65_HS1-834228961_62-HQ-83894_Section_10
Agency: FBI
Page 86
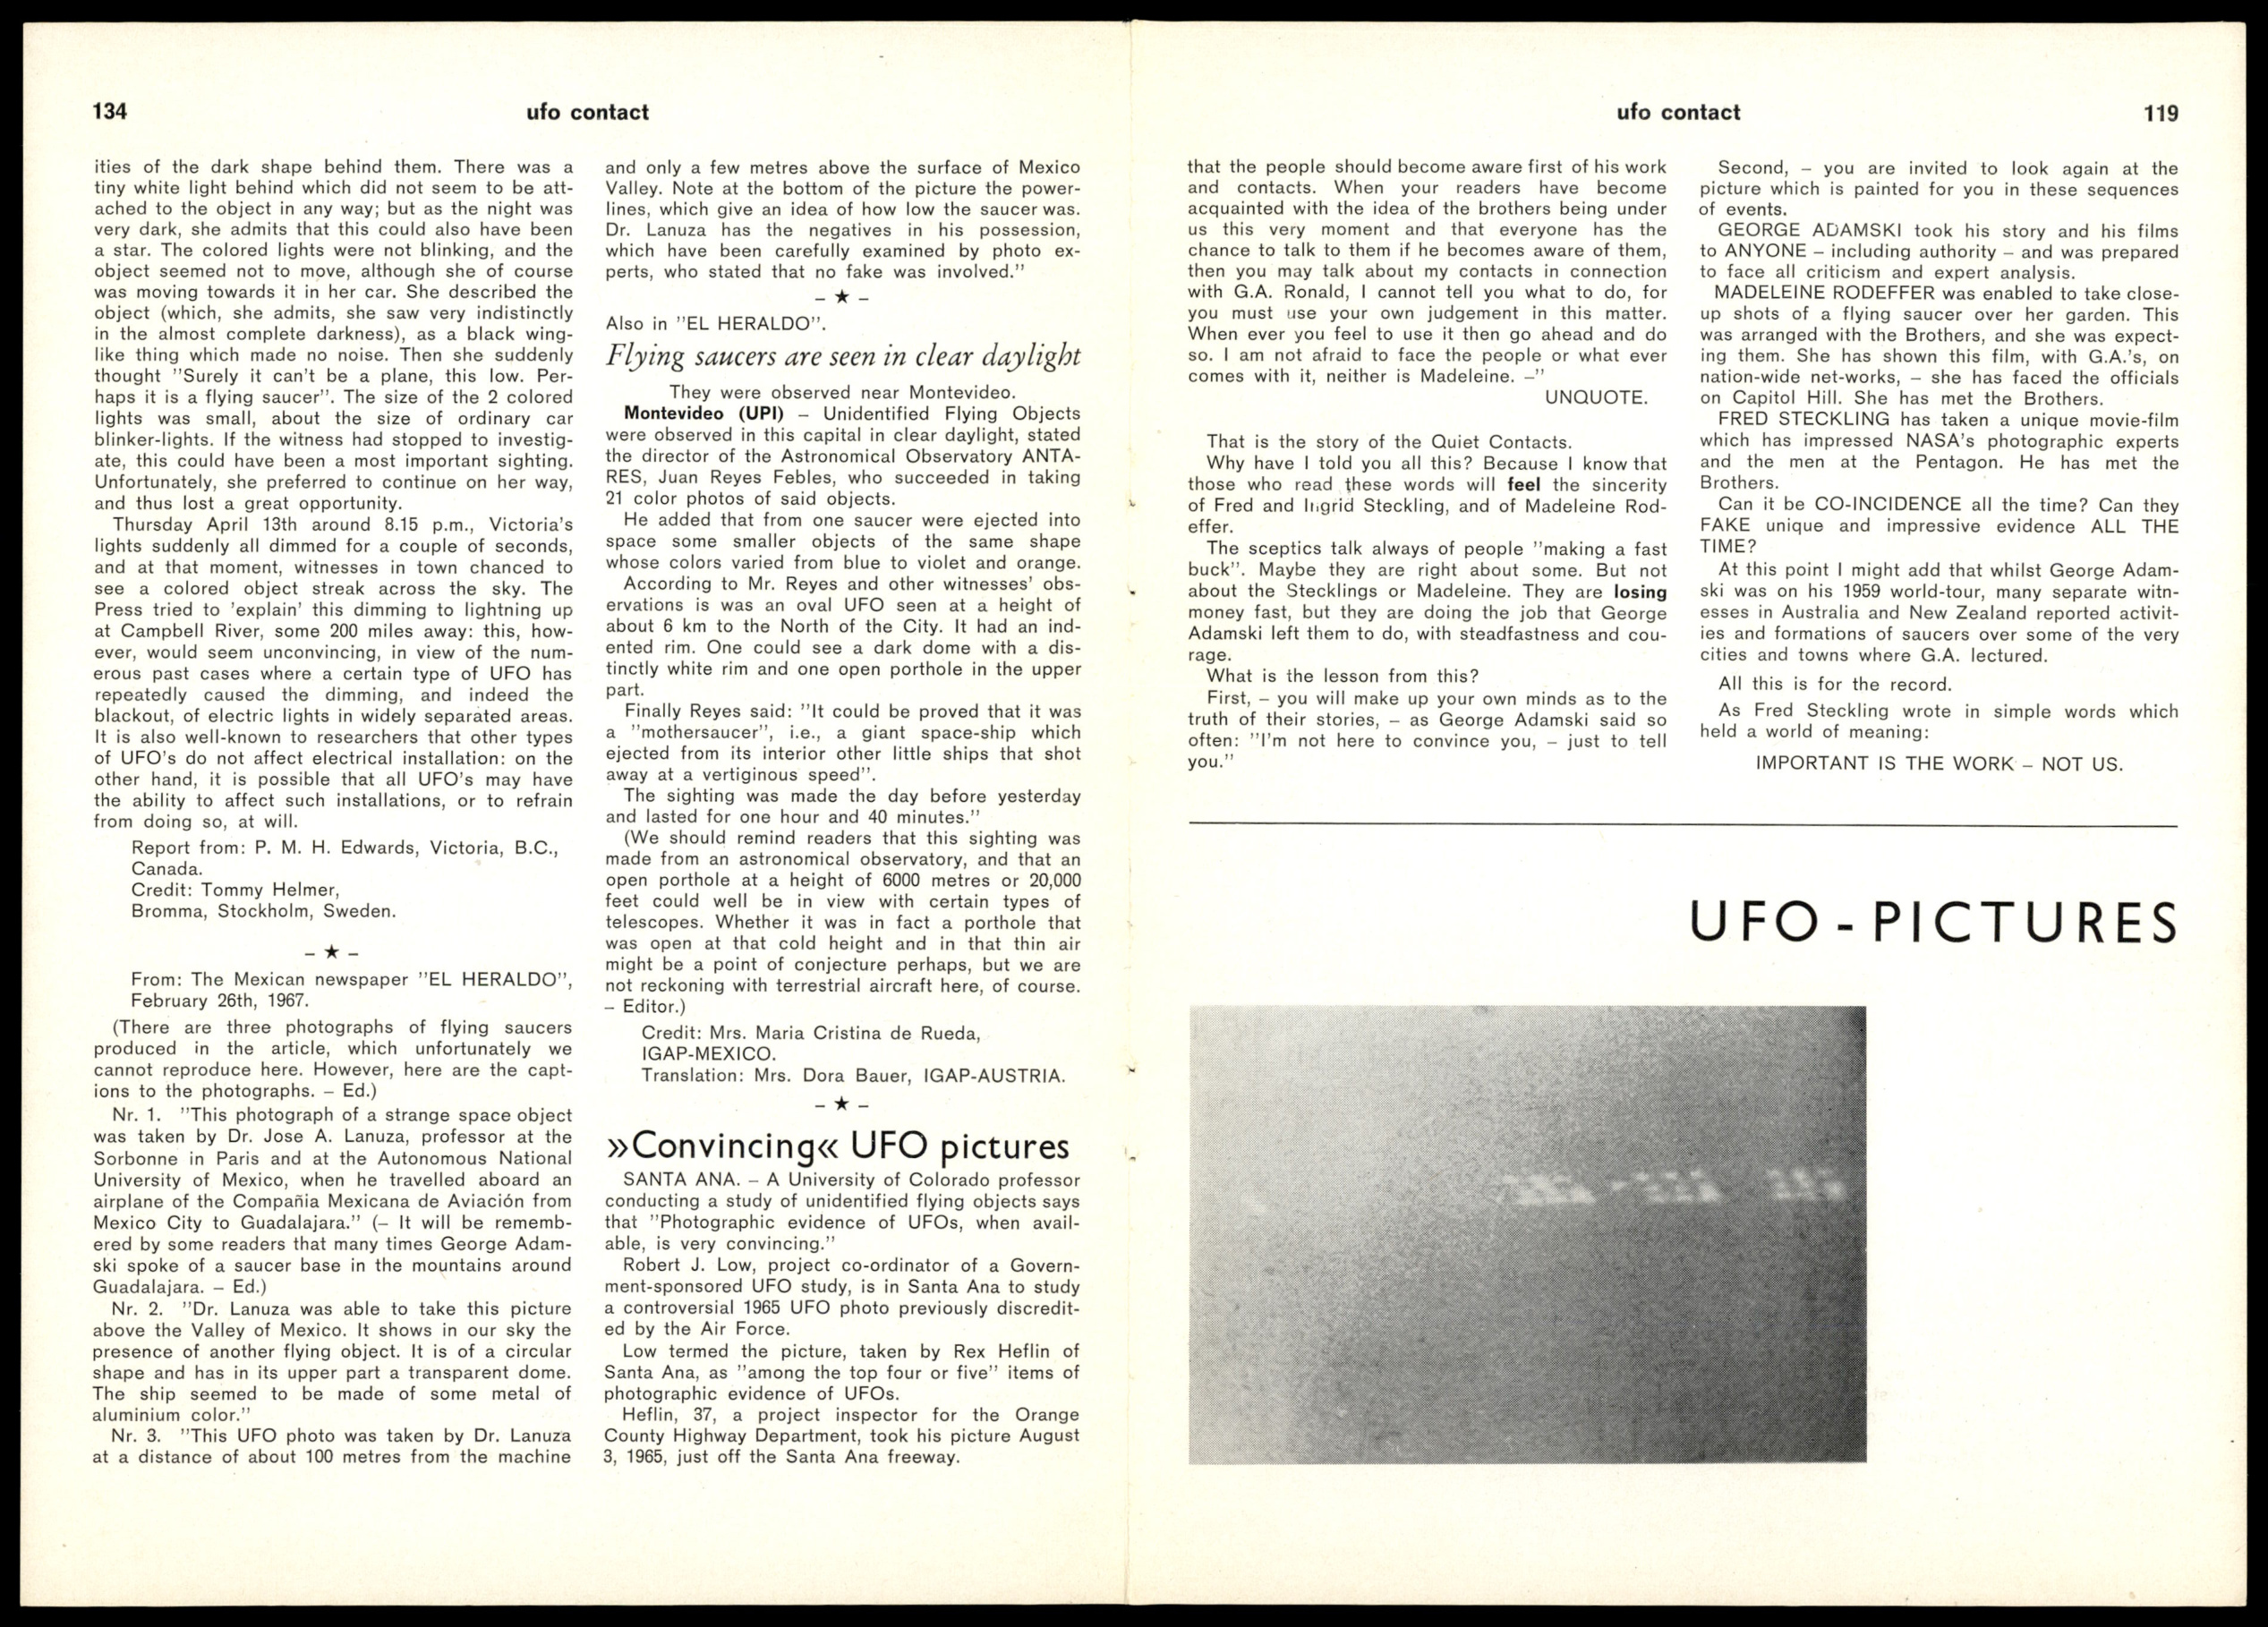